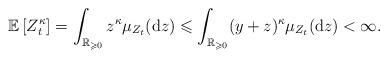
LaTeX: \begin{align*}\mathbb{E}\left[Z_{t}^{\kappa}\right]=\int_{\mathbb{R}_{\geqslant0}}z^{\kappa}\mu_{Z_{t}}(\mathrm{d}z)\leqslant\int_{\mathbb{R}_{\geqslant0}}(y+z)^{\kappa}\mu_{Z_{t}}(\mathrm{d}z)<\infty.\end{align*}